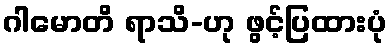
ဂါမောတိ ရာသိ-ဟု ဖွင့်ပြထားပုံ